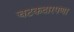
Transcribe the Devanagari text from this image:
चटकदारपणा